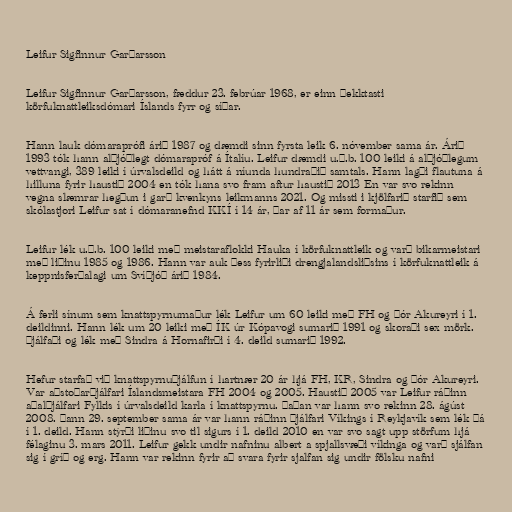
Leifur Sigfinnur Garðarsson

Leifur Sigfinnur Garðarsson, fæddur 23. febrúar 1968, er einn þekktasti
körfuknattleiksdómari Íslands fyrr og síðar.

Hann lauk dómaraprófi árið 1987 og dæmdi sinn fyrsta leik 6. nóvember sama ár. Árið
1993 tók hann alþjóðlegt dómarapróf á Ítalíu. Leifur dæmdi u.þ.b. 100 leiki á alþjóðlegum
vettvangi, 389 leiki í úrvalsdeild og hátt á níunda hundraðið samtals. Hann lagði flautuna á
hilluna fyrir haustið 2004 en tók hana svo fram aftur haustið 2013 En var svo rekinn
vegna slæmrar hegðun i garð kvenkyns leikmanns 2021. Og missti i kjölfarið starfið sem
skólastjori Leifur sat í dómaranefnd KKÍ í 14 ár, þar af 11 ár sem formaður.

Leifur lék u.þ.b. 100 leiki með meistaraflokki Hauka í körfuknattleik og varð bikarmeistari
með liðinu 1985 og 1986. Hann var auk þess fyrirliði drengjalandsliðsins í körfuknattleik á
keppnisferðalagi um Svíþjóð árið 1984.

Á ferli sínum sem knattspyrnumaður lék Leifur um 60 leiki með FH og Þór Akureyri í 1.
deildinni. Hann lék um 20 leiki með ÍK úr Kópavogi sumarið 1991 og skoraði sex mörk.
Þjálfaði og lék með Sindra á Hornafirði í 4. deild sumarið 1992.

Hefur starfað við knattspyrnuþjálfun í hartnær 20 ár hjá FH, KR, Sindra og Þór Akureyri.
Var aðstoðarþjálfari Íslandsmeistara FH 2004 og 2005. Haustið 2005 var Leifur ráðinn
aðalþjálfari Fylkis í úrvalsdeild karla í knattspyrnu. Þaðan var hann svo rekinn 28. ágúst
2008. Þann 29. september sama ár var hann ráðinn þjálfari Víkings í Reykjavík sem lék þá
í 1. deild. Hann stýrði liðinu svo til sigurs í 1. deild 2010 en var svo sagt upp störfum hjá
félaginu 3. mars 2011. Leifur gekk undir nafninu albert a spjallsvæði víkinga og varð sjálfan
sig í gríð og erg. Hann var rekinn fyrir að svara fyrir sjalfan sig undir fölsku nafni